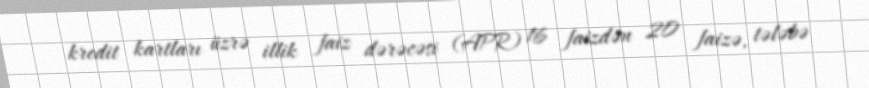
kredit kartları üzrə illik faiz dərəcəsi (APR) 16 faizdən 20 faizə, tələbə